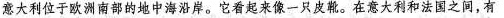
意大利位于欧洲南部的地中海沿岸。它看起来像一只皮靴。在意大利和法国之间，有